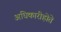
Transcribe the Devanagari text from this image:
अधिकारीहोते